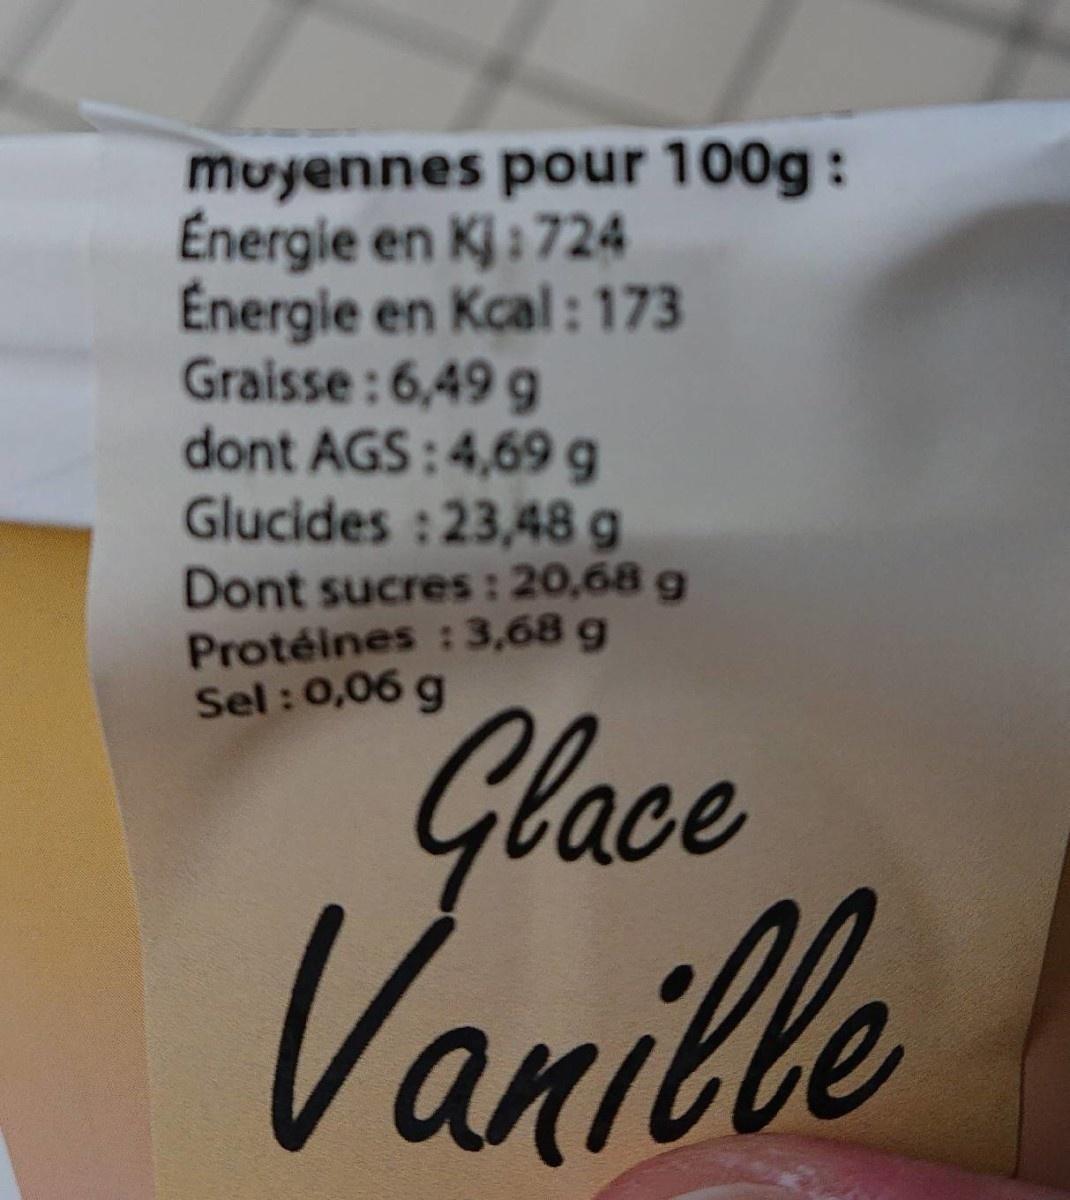
muyennes pour 100g: Energie en Kj: 724 Energie en Kcal: 173 Graisse: 6,49 g dont AGS: 4,69 g Glucides : 23,48 g Dont sucres: 20,68 g Protéines : 3,68 g Sel: 0,06 g
Glace Vanille